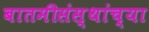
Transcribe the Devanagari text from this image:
बातमीसंस्थांच्या